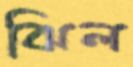
ঝিল